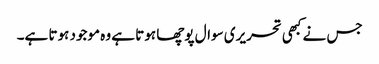
جس نے کبھی تحریری سوال پوچھا ہوتا ہے وہ موجود ہوتا ہے۔